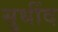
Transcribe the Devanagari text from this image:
सुधींद